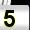
Digit: 5